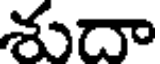
శుదా